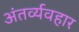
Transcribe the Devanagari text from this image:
अंतर्व्यवहार